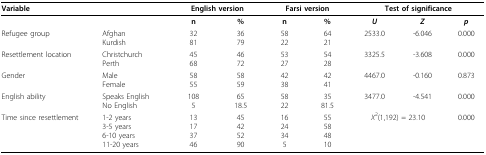
<table><thead><tr><td><b>Variable</b></td><td></td><td colspan="2"><b>English version</b></td><td colspan="2"><b>Farsi version</b></td><td colspan="3"><b>Test of significance</b></td></tr></thead><tbody><tr><td></td><td></td><td><b>n</b></td><td><b>%</b></td><td><b>n</b></td><td><b>%</b></td><td><b><i>U</i></b></td><td><b><i>Z</i></b></td><td><b><i>p</i></b></td></tr><tr><td>Refugee group</td><td>AfghanKurdish</td><td>3281</td><td>3679</td><td>5822</td><td>6421</td><td>2533.0</td><td>-6.046</td><td>0.000</td></tr><tr><td>Resettlement location</td><td>ChristchurchPerth</td><td>4568</td><td>4672</td><td>5327</td><td>5428</td><td>3325.5</td><td>-3.608</td><td>0.000</td></tr><tr><td>Gender</td><td>MaleFemale</td><td>5855</td><td>5859</td><td>4238</td><td>4241</td><td>4467.0</td><td>-0.160</td><td>0.873</td></tr><tr><td>English ability</td><td>Speaks EnglishNo English</td><td>1085</td><td>6518.5</td><td>5822</td><td>3581.5</td><td>3477.0</td><td>-4.541</td><td>0.000</td></tr><tr><td>Time since resettlement</td><td>1-2 years3-5 years6-10 years11-20 years</td><td>13173746</td><td>45425290</td><td>1624345</td><td>55584810</td><td colspan="2"><i>Χ</i><sup>2</sup>(1,192) = 23.10</td><td>0.000</td></tr></tbody></table>